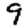
Digit: 9